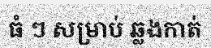
ធំ ៗ សម្រាប់ ឆ្លងកាត់